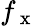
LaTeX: f_{\mathrm{~x~}}